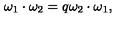
\omega _ { 1 } \cdot \omega _ { 2 } = q \omega _ { 2 } \cdot \omega _ { 1 } ,